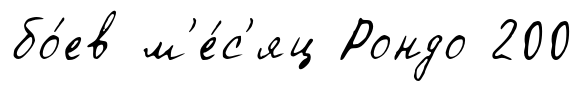
бо́ев м'е́с'яц Рондо 200